Indian journal of veterinary science and animal husbandry - Volumes 28-29, 1958-1959
Year: 1958
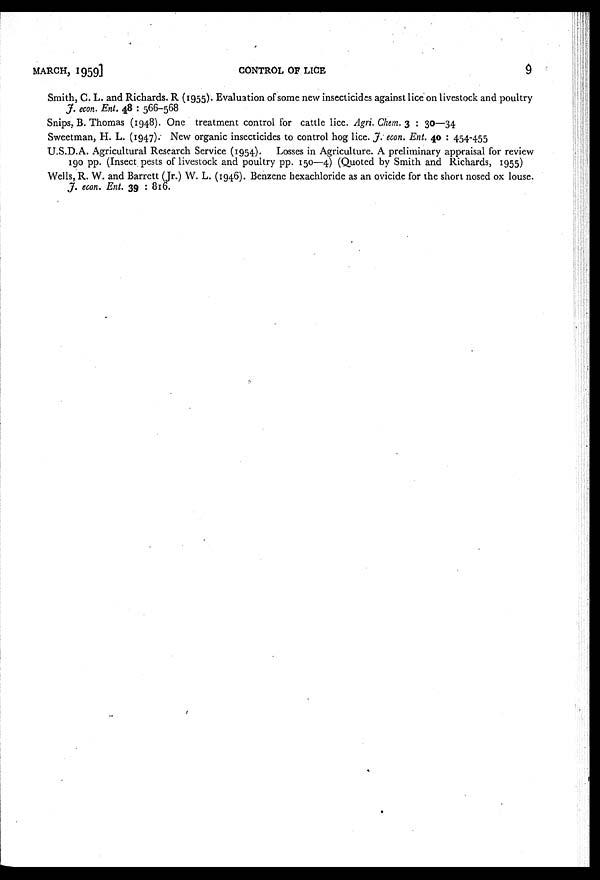
MARCH,
1959]
CONTROL OF LICE
9
Smith, C. L. and Richards. R (1955). Evaluation of some new insecticides against lice on livestock and poultry
J. econ. Ent. 48 : 566-568
Snips, B. Thomas (1948). One treatment control for cattle lice. Agri. Chem. 3 : 30—34
Sweetman, H. L. (1947). New organic insecticides to control hog lice. J. econ. Ent. 40 : 454-455
U.S.D.A. Agricultural Research Service (1954). Losses in Agriculture. A preliminary appraisal for review
190 pp. (Insect pests of livestock and poultry pp. 150—4) (Quoted by Smith and Richards, 1955)
Wells, R. W. and Barrett (Jr.) W. L. (1946). Benzene hexachloride as an ovicide for the short nosed ox louse.
J. econ. Ent. 39 : 816.